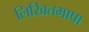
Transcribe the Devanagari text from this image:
लिखितभाषा